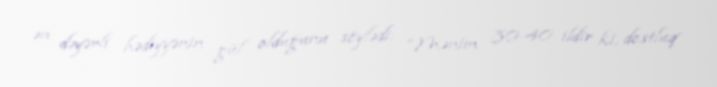
ən dəyərli hədiyyənin gül olduğunu söylədi: “Mənim 30-40 ildir ki, dostluq